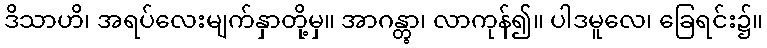
ဒိသာဟိ၊ အရပ်လေးမျက်နှာတို့မှ။ အာဂန္တွာ၊ လာကုန်၍။ ပါဒမူလေ၊ ခြေရင်း၌။